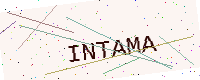
Text: INTAMA